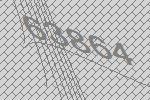
63864